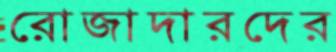
রোজাদারদের